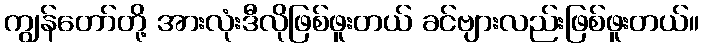
ကျွန်တော်တို့ အားလုံးဒီလိုဖြစ်ဖူးတယ် ခင်ဗျားလည်းဖြစ်ဖူးတယ်။